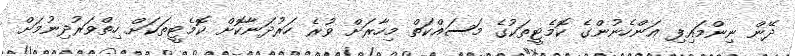
ދޭން ނިންމައިފި އަންހެނުންގެ ކޮމެޓީތަކުގެ މަސައްކަތް މިހާރަށް ވުރެ ހަރުދަނާކޮށް ކޮމެޓީތަކަށް ހިތްވަރުދިނުމަށް